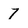
Character: 7